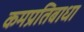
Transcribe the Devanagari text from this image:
कमप्रतिबाधा